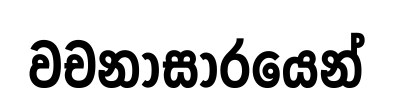
වචනාසාරයෙන්